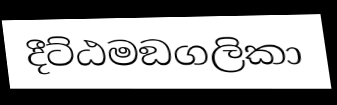
දීට්ඨමඞගලිකා